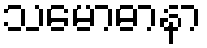
သမောဓာနာ